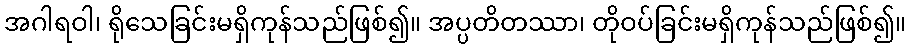
အဂါရဝါ၊ ရိုသေခြင်းမရှိကုန်သည်ဖြစ်၍။ အပ္ပတိတဿာ၊ တိုဝပ်ခြင်းမရှိကုန်သည်ဖြစ်၍။